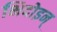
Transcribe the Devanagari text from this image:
भिदोइन्